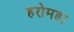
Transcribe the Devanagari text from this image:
हरोमडा